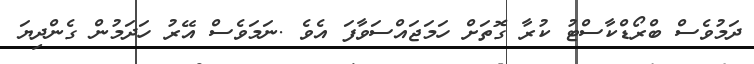
ދަމުވެސް ބްރޯޑްކާސްޓު ކުރާ ގޮތަށް ހަމަޖައްސަވާފަ އެވެ .ނަމަވެސް އޭރު ހަދަމުން ގެންދިޔަ